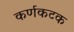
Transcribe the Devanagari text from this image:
कर्णकटक